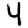
Digit: 4